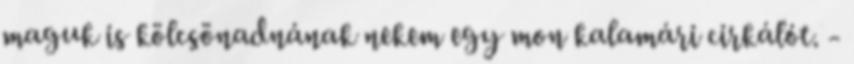
maguk is kölcsönadnának nekem egy mon kalamári cirkálót. -